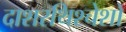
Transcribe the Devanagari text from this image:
दाशरथिश्‍चेशो